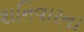
શનિવારના